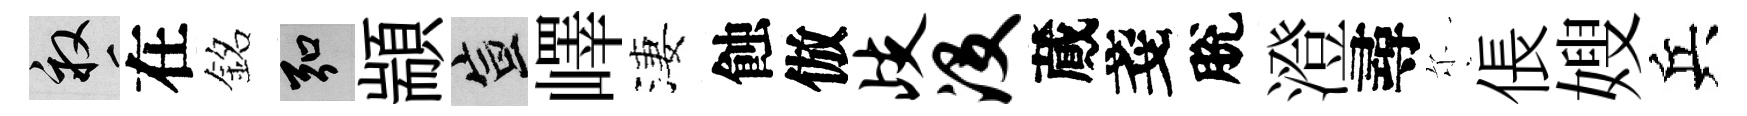
畝在銘弘顓宣嶧淒蝕倣歧没蕆戔脫澄尋尓倀嫂兵